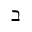
\beth